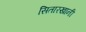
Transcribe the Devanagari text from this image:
सितारखानी